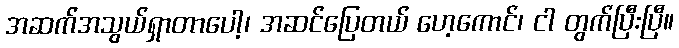
အဆက်အသွယ်ရှာတာပေါ့၊ အဆင်ပြေတယ် ဟေ့ကောင်၊ ငါ တွက်ပြီးပြီ။